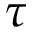
\tau